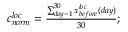
\begin{array} { r } { c _ { n o r m } ^ { l o c } = \frac { \sum _ { d a y = 1 } ^ { 3 0 } x _ { b e f o r e } ^ { l o c } ( d a y ) } { 3 0 } ; } \end{array}